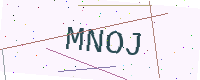
Text: MNOJ